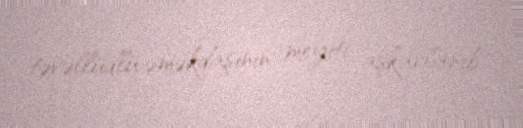
təvəllüdlü əməkdaşının meyiti aşkarlanıb.